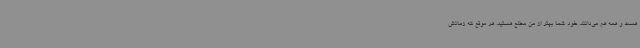
هست و همه هم می‌دانند. خود شما بهتر از من مطلع هستید. هر موقع که زمانش